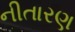
નીતારણ